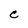
Character: C